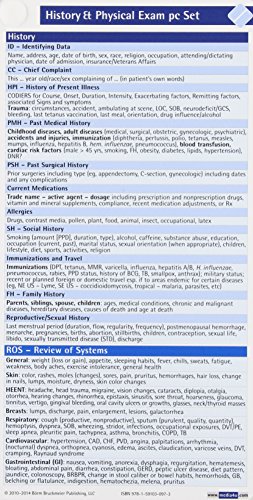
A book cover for History and Physical Exam Pocketcard Set; J. A. Katzel; Medical Books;